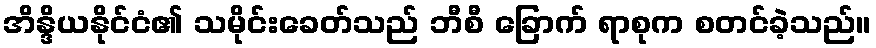
အိန္ဒိယနိုင်ငံ၏ သမိုင်းခေတ်သည် ဘီစီ ခြောက် ရာစုက စတင်ခဲ့သည်။